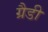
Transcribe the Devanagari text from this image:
ग्रैडी